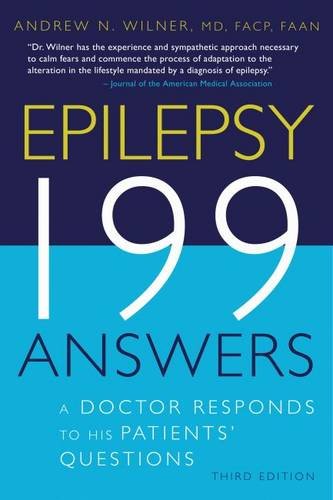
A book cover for Epilepsy 199 Answers; Andrew N. Wilner MD  FACP  FAAN; Health, Fitness & Dieting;